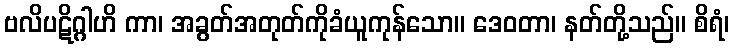
ဗလိပဋိဂ္ဂါဟိ ကာ၊ အခွတ်အတုတ်ကိုခံယူကုန်သော။ ဒေဝတာ၊ နတ်တို့သည်။ စိရံ၊